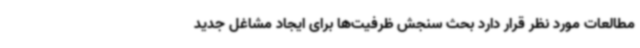
مطالعات مورد نظر قرار دارد بحث سنجش ظرفیت‌ها برای ایجاد مشاغل جدید